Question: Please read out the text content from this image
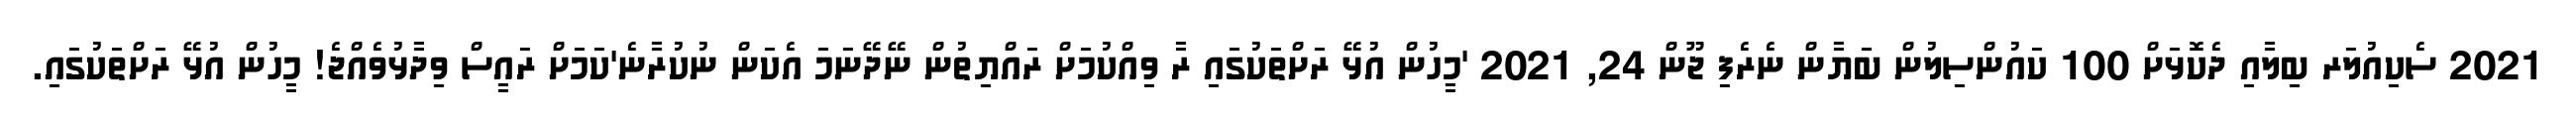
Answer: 2021 ސެކިއުލަރ ބިލާއި ދެކޮޅަށް 100 ކައުންސިލުން ބަޔާން ނެރެފި ޖޫން 24, 2021 'މީހުން އުޅޭ ރަށްތަކުގައި ރާ ވިއްކުމަށް ރައްޔިތުން ނޭދޭނަމަ އެކަން ނުކުރާނެ'ކަމަށް ރައީސް ވިދާޅުވެއްޖެ! މީހުން އުޅޭ ރަށްތަކުގައި.